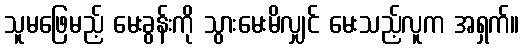
သူမဖြေမည့် မေးခွန်းကို သွားမေးမိလျှင် မေးသည့်လူက အရှက်။